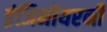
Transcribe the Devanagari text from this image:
इंजिनीयरनी